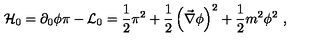
{ \cal H } _ { 0 } = \partial _ { 0 } \phi \pi - { \cal L } _ { 0 } = \frac { 1 } { 2 } \pi ^ { 2 } + \frac { 1 } { 2 } \left( \vec { \nabla } \phi \right) ^ { 2 } + \frac { 1 } { 2 } m ^ { 2 } \phi ^ { 2 } \ ,